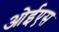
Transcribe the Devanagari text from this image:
ओईएस